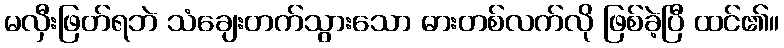
မလှီးဖြတ်ရဘဲ သံချေးတက်သွားသော ဓားတစ်လက်လို ဖြစ်ခဲ့ပြီ ထင်၏။